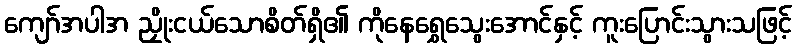
ကျော်အပါအ ညှိုးငယ်သောစိတ်ရှိ၏ ကိုနေရွှေသွေးအောင်နှင့် ကူးပြောင်းသွားသဖြင့်